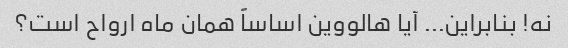
نه! بنابراین... آیا هالووین اساساً همان ماه ارواح است؟